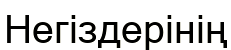
Негіздерінің